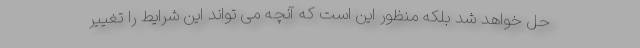
حل خواهد شد بلکه منظور این است که آنچه می تواند این شرایط را تغییر